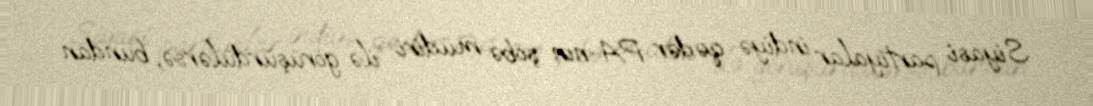
Siyasi partiyalar indiyə qədər PA-nın şöbə müdiri ilə görüşürdülərsə, bundan